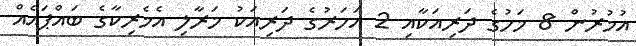
އުމުރުން 8 މަހުގެ ދަރިއަކާއި 2 އަހަރުގެ ދަރިއަކު މަރާލި އެމެރިކާގެ ބައްޕައެއް